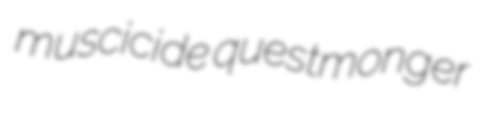
muscicide questmonger